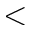
<